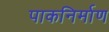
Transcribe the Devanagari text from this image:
पाकनिर्माण